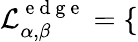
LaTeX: \mathcal{L}_{\alpha,\beta}^{\mathrm{~e~d~g~e~}}=\left\{ \begin{array}{ll}\end{array}\right.